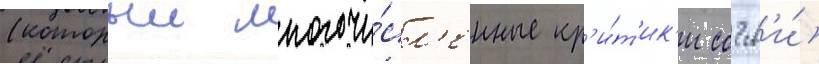
(которыи многочи́сл'енные кр'и́т'ик'и сочл'и́